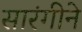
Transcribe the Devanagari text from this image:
सारंगीने